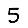
Digit: 5